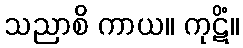
သညာစိ ကာယ။ ကုဋိံ။